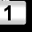
Digit: 1